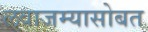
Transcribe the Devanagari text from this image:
लवाजम्यासोबत